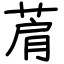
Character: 菺